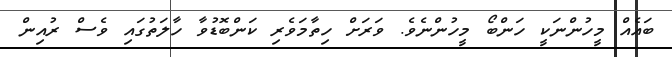
ބައެއް މީހުންނަކީ ހަންބޯ މީހުންނެވެ. ވަރަށް ހިތާމަވެރި ކަންބޮޑުވާ ހާލަތުގައި ވެސް ރުއިން